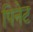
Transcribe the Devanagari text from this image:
पिनेट